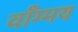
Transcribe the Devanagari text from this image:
वाँग्मय